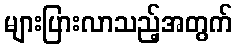
များပြားလာသည့်အတွက်